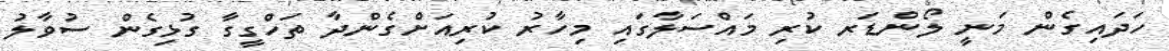
ހަދައިގެން މަނީ ލޯންޑަރ ކުރި މައްސަލާގައި މިހާރު ކުރިއަށްގެންދާ ތަހްގީގާ ގުޅިގެން ސުވާލު